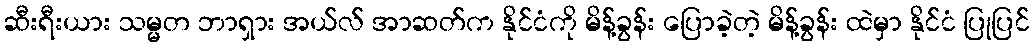
ဆီးရီးယား သမ္မတ ဘာရှား အယ်လ် အာဆတ်က နိုင်ငံကို မိန့်ခွန်း ပြောခဲ့တဲ့ မိန့်ခွန်း ထဲမှာ နိုင်ငံ ပြုပြင်